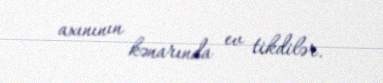
axınının kənarında ev tikdilər.